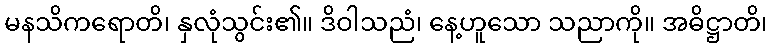
မနသိကရောတိ၊ နှလုံသွင်း၏။ ဒိဝါသညံ၊ နေ့ဟူသော သညာကို။ အဓိဋ္ဌာတိ၊